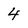
Character: 4